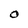
Character: O